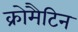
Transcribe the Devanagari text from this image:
क्रोमैटिन